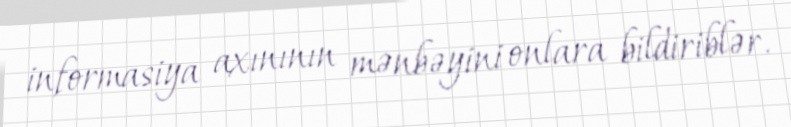
informasiya axınının mənbəyini onlara bildiriblər.